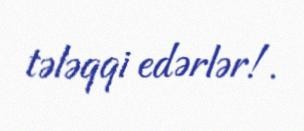
tələqqi edərlər!.